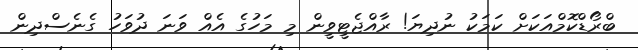
ބްރޯޑްކޮމްއަކަށް ކަމަކު ނުދިޔަ! ރާއްޖެޓީވީން މި މަހުގެ އެެއް ވަނަ ދުވަހު ގެނެސްދިން